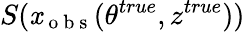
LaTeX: S(\mathit{x}_{\mathrm{{~o~b~s~}}}(\theta^{true},z^{true}))